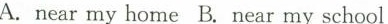
A.near my home B. Near my school